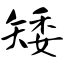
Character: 矮